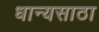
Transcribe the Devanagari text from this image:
धान्यसाठा